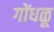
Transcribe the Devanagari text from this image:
गोंधळू